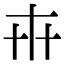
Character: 𠦃